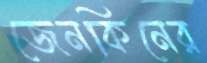
জেনকিনের